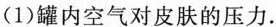
(1)罐内空气对皮肤的压力。